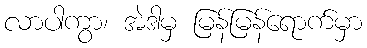
လာပါကွာ၊ အဲဒါမှ မြန်မြန်ရောက်မှာ